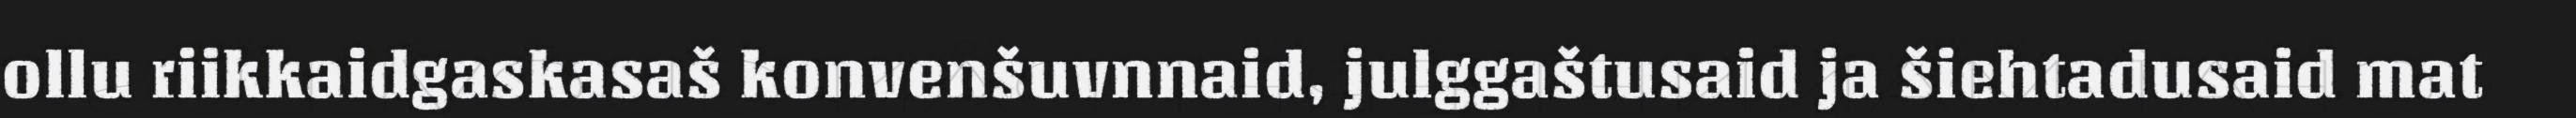
ollu riikkaidgaskasaš konvenšuvnnaid, julggaštusaid ja šiehtadusaid mat